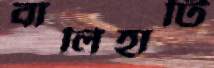
বালিহাটি